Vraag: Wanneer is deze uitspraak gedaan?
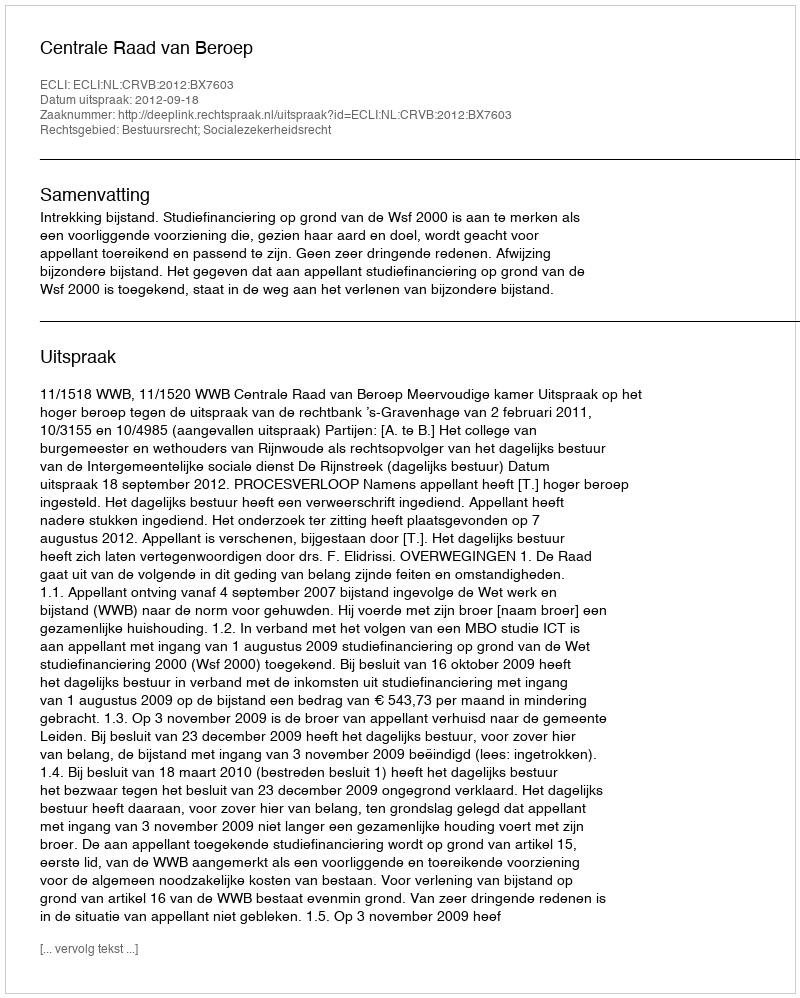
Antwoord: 2012-09-18